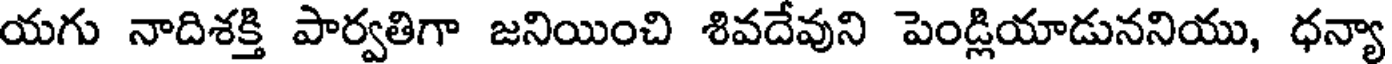
యగు నాదిశక్తి పార్వతిగా జనియించి శివదేవుని పెండ్లియాడుననియు, ధన్యా